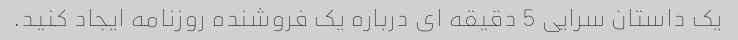
یک داستان سرایی 5 دقیقه ای درباره یک فروشنده روزنامه ایجاد کنید.